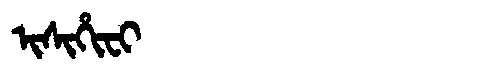
Manchu: ᡳᠰᡳᡥᡳᠸᡳ
Romanization: ISIHIFI